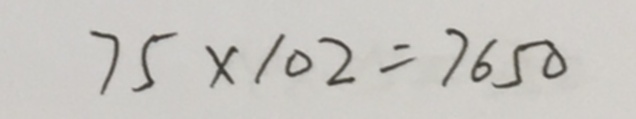
7 5 \times 1 0 2 = 7 6 5 0